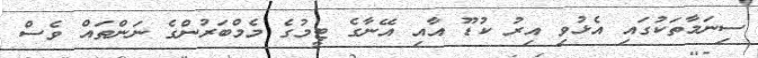
ސިނަމާތަކުގައި އެޅުވި އިރު ކުޑޫ އާއި އޭނާގެ ޓީމުގެ މެމްބަރުންގެ ނަންތައް ވެސް